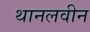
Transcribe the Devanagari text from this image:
थानलवीन